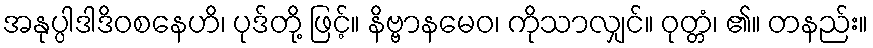
အနုပ္ပါဒါဒိဝစနေဟိ၊ ပုဒ်တို့ ဖြင့်။ နိဗ္ဗာနမေဝ၊ ကိုသာလျှင်။ ဝုတ္တံ၊ ၏။ တနည်း။